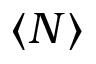
\langle N \rangle